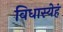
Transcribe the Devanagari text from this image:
विधास्येहं